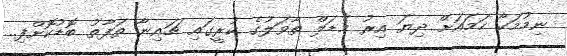
ނިމުމަކާ ހަމައަށް ދިޔަ އިރު މެޑަލް ތާވަލުގެ ކުރީގައި ޗައިނާ ތަފާތު ބޮޑުކޮށްފި..